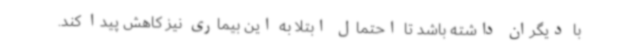
با دیگران داشته باشد تا احتمال ابتلا به این بیماری نیز کاهش پیدا کند.